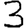
Digit: 3